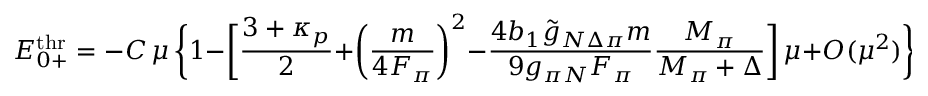
E _ { 0 + } ^ { \mathrm { t h r } } = - C \, \mu \, \biggl \{ 1 - \biggl [ \frac { 3 + \kappa _ { p } } { 2 } + \biggl ( \frac { m } { 4 F _ { \pi } } \biggr ) ^ { 2 } - \frac { 4 b _ { 1 } \tilde { g } _ { N \Delta \pi } m } { 9 g _ { \pi N } F _ { \pi } } \frac { M _ { \pi } } { M _ { \pi } + \Delta } \biggr ] \, \mu + { \cal O } ( \mu ^ { 2 } ) \biggr \} \, \, ,